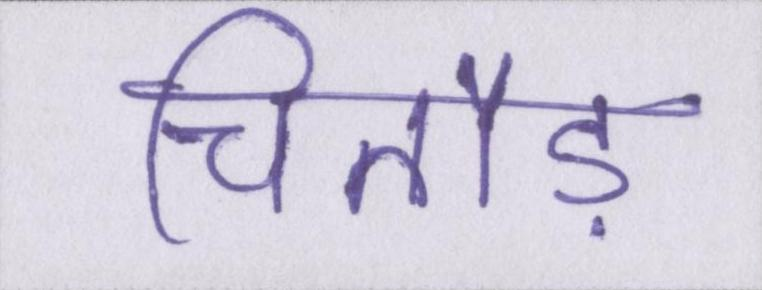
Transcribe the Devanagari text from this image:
चितौड़